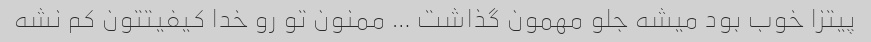
پیتزا خوب بود میشه جلو مهمون گذاشت … ممنون تو رو خدا کیفیتتون کم نشه